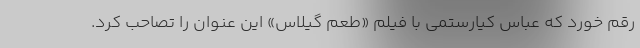
رقم خورد که عباس کیارستمی با فیلم «طعم گیلاس» این عنوان را تصاحب کرد.